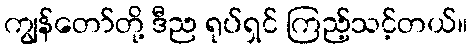
ကျွန်တော်တို့ ဒီည ရုပ်ရှင် ကြည့်သင့်တယ်။